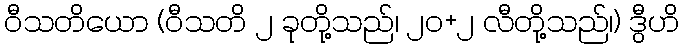
ဝီသတိယော (ဝီသတိ ၂ ခုတို့သည်၊ ၂၀+၂ လီတို့သည်၊) ဒွီဟိ